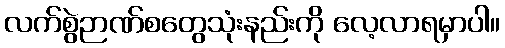
လက်စွဲဉာဏ်စတွေသုံးနည်းကို လေ့လာရမှာပါ။